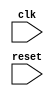
module parameter_assignment (
  input wire clk,
  input wire reset
);

parameter WIDTH = 8;
parameter DEPTH = 16;

// Other module code

endmodule